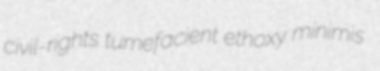
civil-rights tumefacient ethoxy minimis